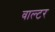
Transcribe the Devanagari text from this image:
वाल्‍टर